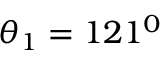
\theta _ { 1 } = 1 2 1 ^ { 0 }